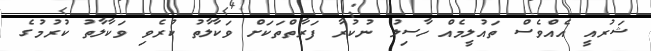
ޝަރުއީ އެއްވެސް ތައުލީމެއް ހާސިލު ނުކުރާ ފަރާތްތަކަށް ވަކާލާތު ކުރެވި ވަކާލާތު ކުރުމުގެ